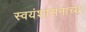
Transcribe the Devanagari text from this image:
स्वयंशासनाच्या